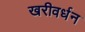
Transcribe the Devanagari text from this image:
खरीवर्धन